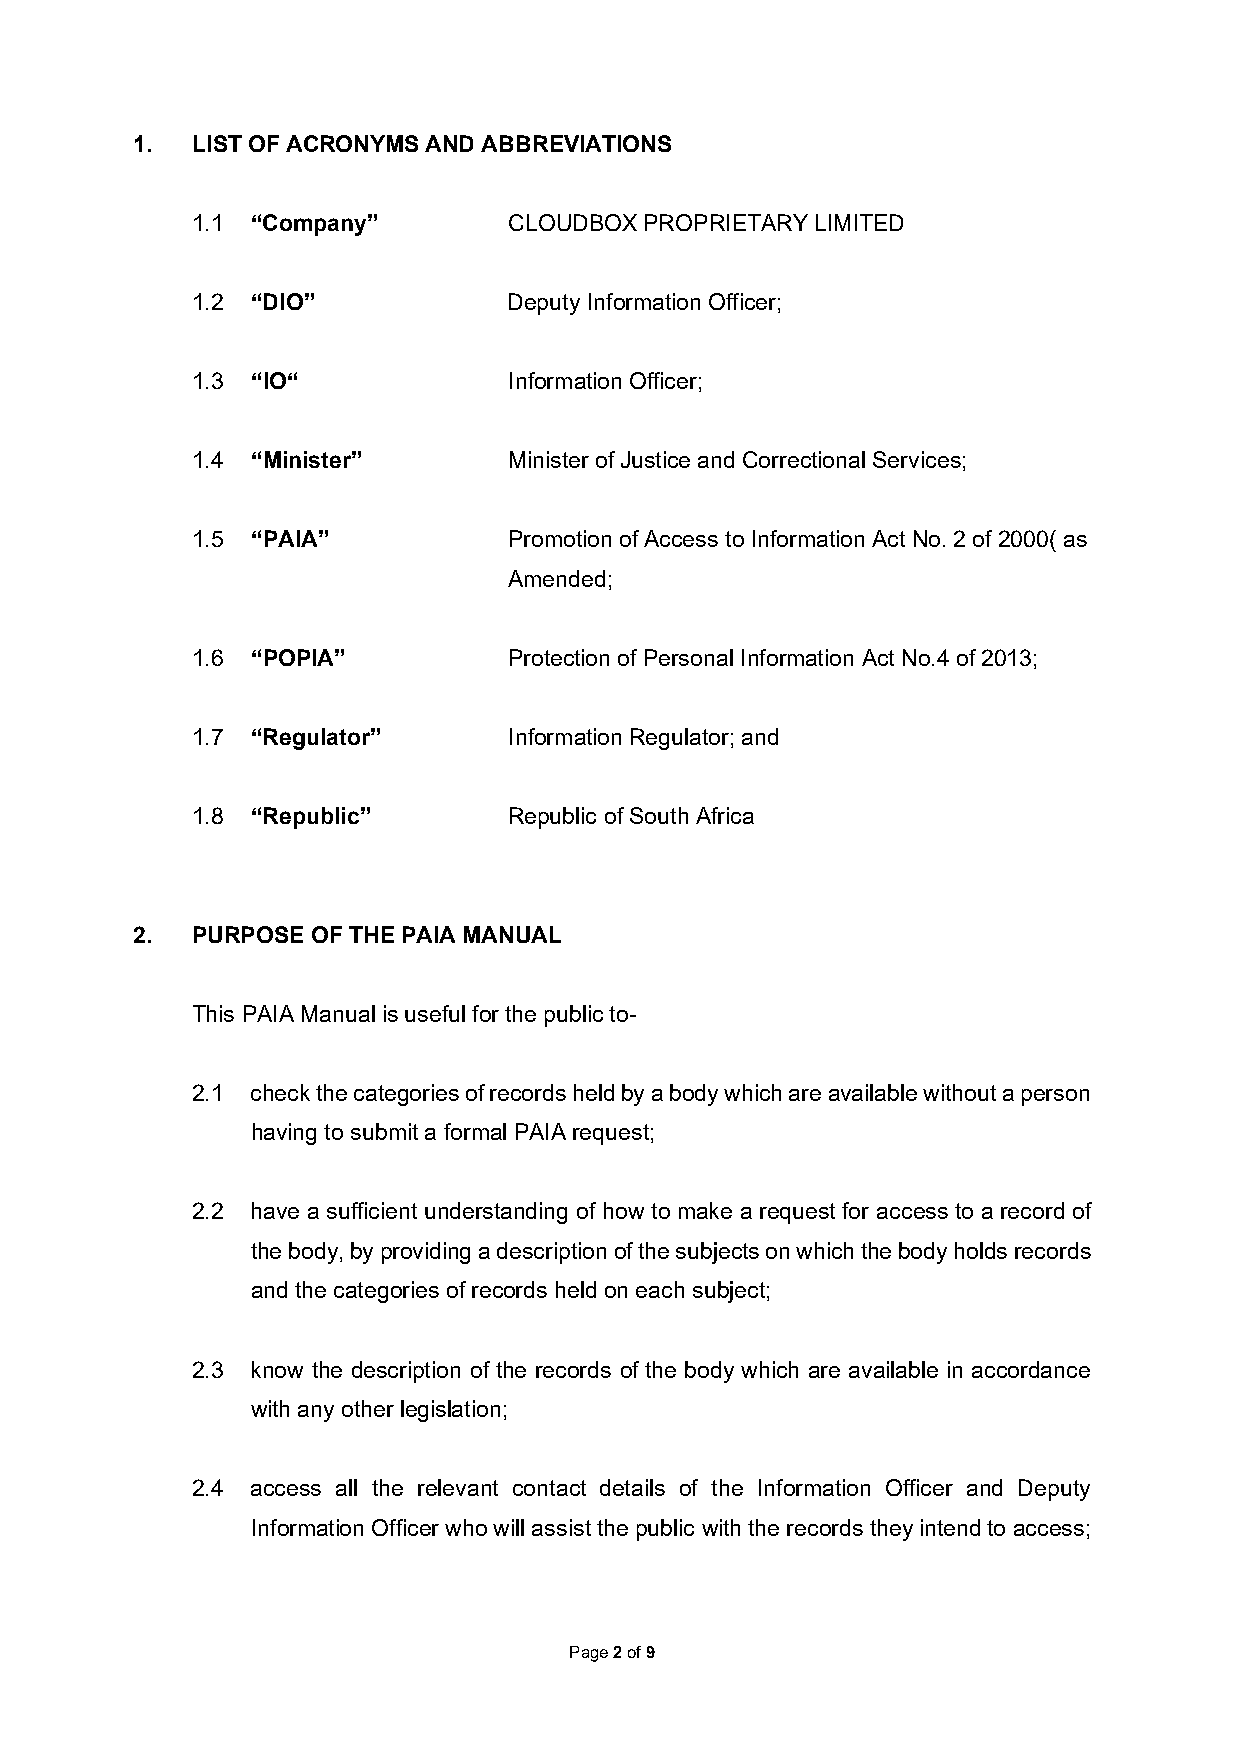
1.  LIST OF ACRONYMS AND ABBREVIATIONS
 1.1 “Company”        CLOUDBOX PROPRIETARY LIMITED
 1.2 “DIO”            Deputy Information Officer;
 1.3 “IO“             Information Officer;
 1.4 “Minister”       Minister of Justice and Correctional Services;
 1.5 “PAIA”           Promotion of Access to Information Act No. 2 of 2000( as
 Amended;
 1.6 “POPIA”          Protection of Personal Information Act No.4 of 2013;
 1.7 “Regulator”      Information Regulator; and
 1.8 “Republic”       Republic of South Africa
 2.  PURPOSE OF THE PAIA MANUAL
 This PAIA Manual is useful for the public to-
 2.1 check the categories of records held by a body which are available without a person
 having to submit a formal PAIA request;
 2.2 have a sufficient understanding of how to make a request for access to a record of
 the body, by providing a description of the subjects on which the body holds records
 and the categories of records held on each subject;
 2.3 know the description of the records of the body which are available in accordance
 with any other legislation;
 2.4 access all the relevant contact details of the Information Officer and Deputy
 Information Officer who will assist the public with the records they intend to access;
 Page 2 of 9